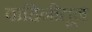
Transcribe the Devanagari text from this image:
वाहिनीतून